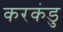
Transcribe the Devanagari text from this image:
करकंडु